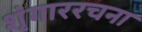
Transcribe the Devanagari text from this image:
शृंगाररचना